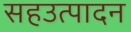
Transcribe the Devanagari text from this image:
सहउत्पादन